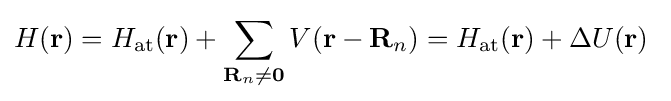
H(\mathbf {r} )=H_{\mathrm {at} }(\mathbf {r} )+\sum _{\mathbf {R} _{n}\neq \mathbf {0} }V(\mathbf {r} -\mathbf {R} _{n})=H_{\mathrm {at} }(\mathbf {r} )+\Delta U(\mathbf {r} )\